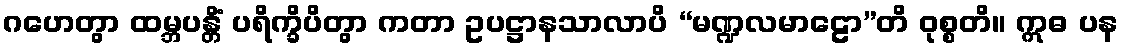
ဂဟေတွာ ထမ္ဘပန္တိံ ပရိက္ခိပိတွာ ကတာ ဥပဋ္ဌာနသာလာပိ “မဏ္ဍလမာဠော”တိ ဝုစ္စတိ။ ဣဓ ပန